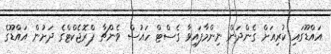
އައްޑޫގައި ކުރިއަށް ގެންދަން ނިންމާފައިވާ ގެސްޓް ހައުސް ވެންޗާ ޕްރޮޖެކްޓްގެ ދަށުން އައްޑޫގެ